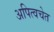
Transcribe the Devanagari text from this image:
अपित्वचेत